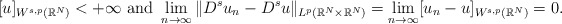
\begin{align*}[u]_{W^{s,p}(\mathbb{R}^N)}<+\infty \mbox{ and } \lim_{n\to\infty} \|D^s u_n-D^s u\|_{L^p(\mathbb{R}^N\times\mathbb{R}^N)}=\lim_{n\to\infty} [u_n-u]_{W^{s,p}(\mathbb{R}^N)}=0.\end{align*}